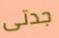
جدتى